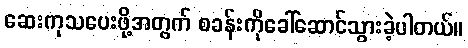
ဆေးကုသပေးဖို့အတွက် စခန်းကိုခေါ်ဆောင်သွားခဲ့ပါတယ်။